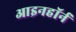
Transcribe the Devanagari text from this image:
आइनहॉर्न